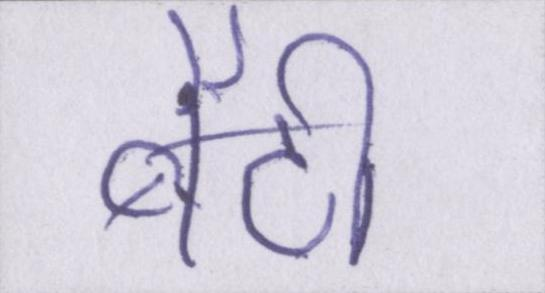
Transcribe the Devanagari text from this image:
बैठी